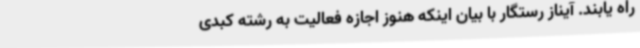
راه یابند. آیناز رستگار با بیان اینکه هنوز اجازه فعالیت به رشته کبدی